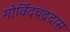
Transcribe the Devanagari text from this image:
गोर्विदचंद्रदास